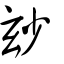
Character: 玅